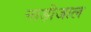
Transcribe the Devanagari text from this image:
नाड़ीजाल